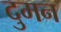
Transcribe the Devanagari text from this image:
दुमन